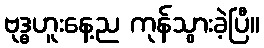
ဗုဒ္ဓဟူးနေ့ည ကုန်သွားခဲ့ပြီ။